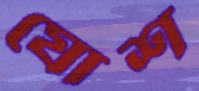
যোশ